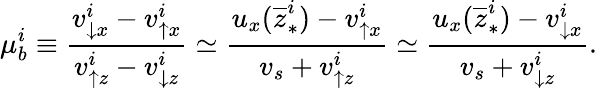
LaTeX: \mu_{b}^{i}\equiv\frac{v_{\downarrow x}^{i}-v_{\uparrow x}^{i}}{v_{\uparrow z}^{i}-v_{\downarrow z}^{i}}\simeq\frac{u_{x}(\overline{{z}}_{\ast}^{i})-v_{\uparrow x}^{i}}{v_{s}+v_{\uparrow z}^{i}}\simeq\frac{u_{x}(\overline{{z}}_{\ast}^{i})-v_{\downarrow x}^{i}}{v_{s}+v_{\downarrow z}^{i}}.